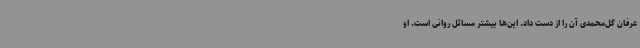
عرفان گل‌محمدی آن را از دست داد. این‌ها بیشتر مسائل روانی است. او